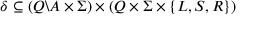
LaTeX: \delta \subseteq \left( Q \backslash A \times \Sigma \right) \times \left( Q \times \Sigma \times \{ L , S , R \} \right)